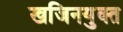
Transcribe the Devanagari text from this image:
खजिनयुक्त